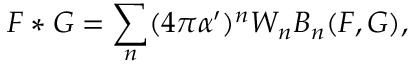
F * G = \sum _ { n } ( 4 \pi \alpha ^ { \prime } ) ^ { n } W _ { n } B _ { n } ( F , G ) ,